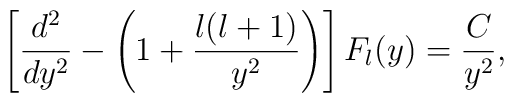
\left[{d^{2}\over dy^{2}}-\left(1+{l(l+1)\over y^{2}}\right)\right]F_{l}(y)={C\over y^{2}},